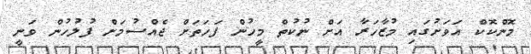
މޮންކޮކް އަވަށުގައި މުޒާހަރާ އަށް ނުކުތް މީހުން ފަހަތަށް ޖެއްސުމަށް ފުލުހުން ވަނީ